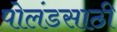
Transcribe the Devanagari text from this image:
पोलंडसाठी